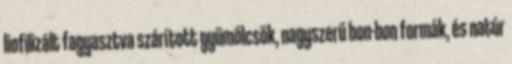
liofilizált fagyasztva szárított gyümölcsök, nagyszerű bon-bon formák, és natúr